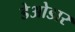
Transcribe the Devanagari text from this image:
डेओडार